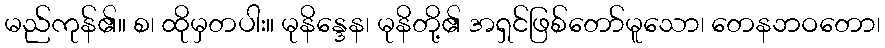
မည်ကုန်၏။ စ၊ ထိုမှတပါး။ မုနိန္ဒေန၊ မုနိတို့၏ အရှင်ဖြစ်တော်မူသော၊ တေနဘဝတော၊